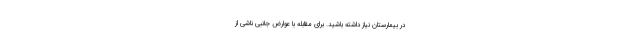
در بیمارستان نیاز داشته باشید. برای مقابله با عوارض جانبی ناشی از